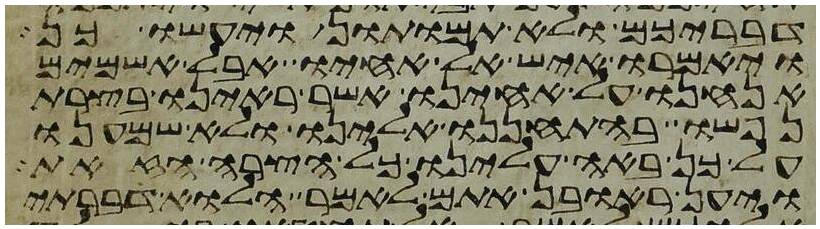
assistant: דבריכם ולא תמותון ויעשו כן
ויאמרו איש אל אחיו אבל אשמים
אנחנו על אחינו אשר ראינו בצרת
נפשו בהתחננו אלינו ולא שמענו
על כן באה עלינו כל הצרה הזאת
ויען ראובן אתם לאמר הלוא דברתי